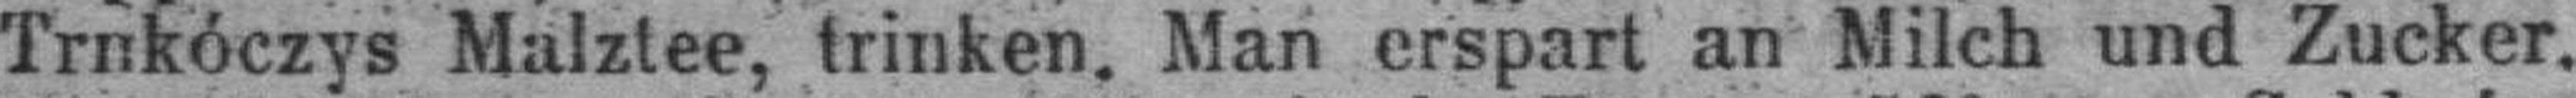
Trnkóczys Malztee, trinken. Man erspart an Milch und Zucker.